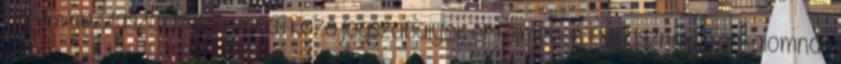
címe: A hozzászólások a vonatkozó jogszabályok értelmében felhasználói tartalomnak